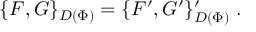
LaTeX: \{ F , G \} _ { D ( \Phi ) } = \{ F ^ { \prime } , G ^ { \prime } \} _ { D ( \Phi ) } ^ { \prime } \; .